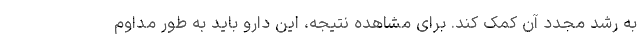
به رشد مجدد آن کمک کند. برای مشاهده نتیجه، این دارو باید به طور مداوم